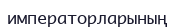
императорларының